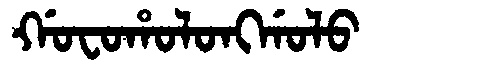
Manchu: ᡤᠣᠸᠣᡥᠣᠯᠣᠩᡤᠣᠯᠣ
Romanization: GOFOHOLONGGOLO